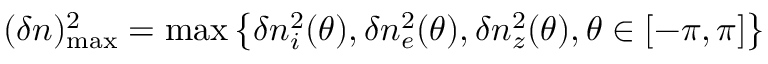
( \delta n ) _ { \mathrm { m a x } } ^ { 2 } = \mathrm { m a x } \left\{ \delta n _ { i } ^ { 2 } ( \theta ) , \delta n _ { e } ^ { 2 } ( \theta ) , \delta n _ { z } ^ { 2 } ( \theta ) , \theta \in [ - \pi , \pi ] \right\}